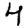
Digit: 4